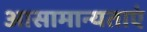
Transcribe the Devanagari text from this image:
आसामान्यताएं